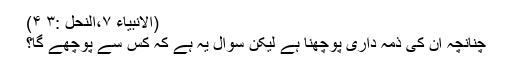
(الانبیاء ۷،النحل :۳ ۴)
چنانچہ ان کی ذمہ داری پوچھنا ہے لیکن سوال یہ ہے کہ کس سے پوچھے گا؟